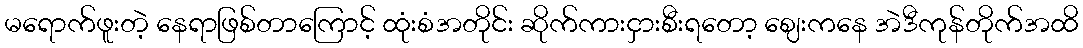
မရောက်ဖူးတဲ့ နေရာဖြစ်တာကြောင့် ထုံးစံအတိုင်း ဆိုက်ကားငှားစီးရတော့ ဈေးကနေ အဲဒီကုန်တိုက်အထိ